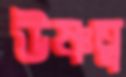
উষ্ণত্ব